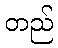
တည်